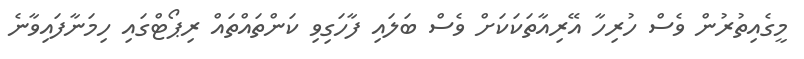
މީގެއިތުރުން ވެސް ހުރިހާ އޭރިއާތަކަކަށް ވެސް ބަލައި ފާހަގިވި ކަންތައްތައް ރިޕޯޓްގައި ހިމަނާފައިވާނެ